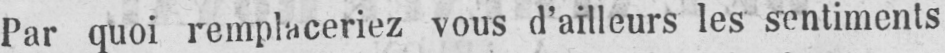
Par quoi remplaceriez vous d’ailleurs les sentiments